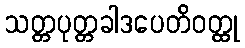
သတ္တပုတ္တခါဒပေတိဝတ္ထု